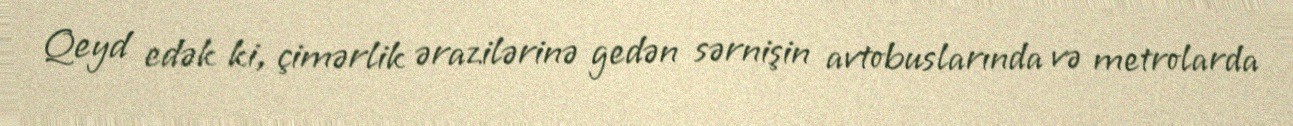
Qeyd edək ki, çimərlik ərazilərinə gedən sərnişin avtobuslarında və metrolarda